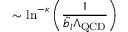
\sim \ln ^ { - \kappa } \left( \frac { 1 } { \tilde { b } _ { l } \Lambda _ { \mathrm { Q C D } } } \right)